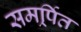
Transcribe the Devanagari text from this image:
समर्र्पित